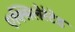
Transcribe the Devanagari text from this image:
एक्सिलेरेटेड